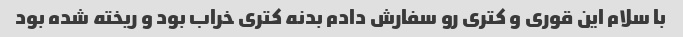
با سلام این قوری و کتری رو سفارش دادم بدنه کتری خراب بود و ریخته شده بود